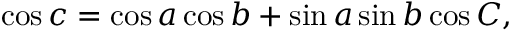
\cos c = \cos a \cos b + \sin a \sin b \cos C ,